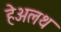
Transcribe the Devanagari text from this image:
हेअलथ